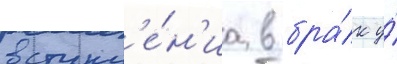
вступл'е́н'иа в бра́к у́